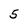
Character: 5